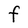
Character: F